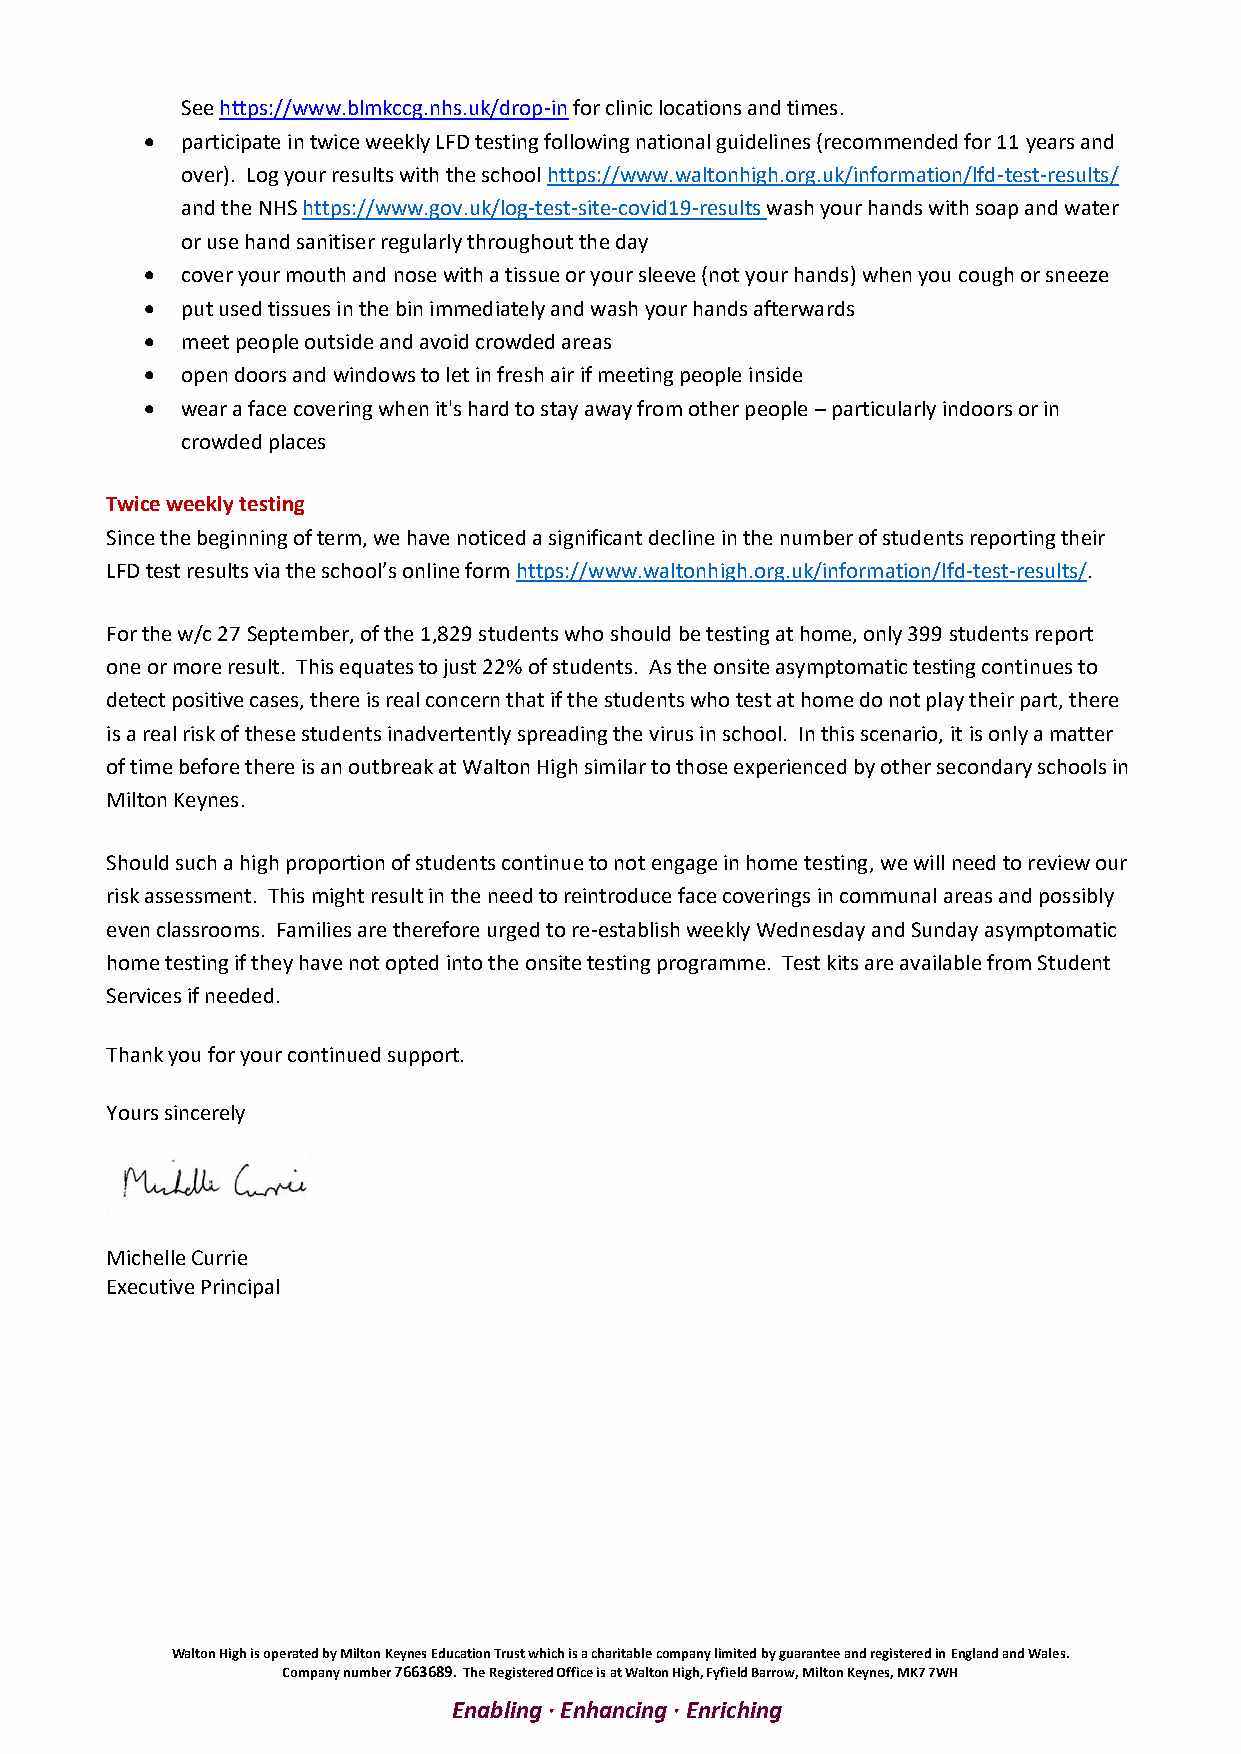
See https://www.blmkccg.nhs.uk/drop-in for clinic locations and times.
 • participate in twice weekly LFD testing following national guidelines (recommended for 11 years and
 over). Log your results with the school https://www.waltonhigh.org.uk/information/lfd-test-results/
 and the NHS https://www.gov.uk/log-test-site-covid19-results wash your hands with soap and water
 or use hand sanitiser regularly throughout the day
 • cover your mouth and nose with a tissue or your sleeve (not your hands) when you cough or sneeze
 • put used tissues in the bin immediately and wash your hands afterwards
 • meet people outside and avoid crowded areas
 • open doors and windows to let in fresh air if meeting people inside
 • wear a face covering when it's hard to stay away from other people – particularly indoors or in
 crowded places
 Twice weekly testing
 Since the beginning of term, we have noticed a significant decline in the number of students reporting their
 LFD test results via the school’s online form https://www.waltonhigh.org.uk/information/lfd-test-results/.
 For the w/c 27 September, of the 1,829 students who should be testing at home, only 399 students report
 one or more result. This equates to just 22% of students. As the onsite asymptomatic testing continues to
 detect positive cases, there is real concern that if the students who test at home do not play their part, there
 is a real risk of these students inadvertently spreading the virus in school. In this scenario, it is only a matter
 of time before there is an outbreak at Walton High similar to those experienced by other secondary schools in
 Milton Keynes.
 Should such a high proportion of students continue to not engage in home testing, we will need to review our
 risk assessment. This might result in the need to reintroduce face coverings in communal areas and possibly
 even classrooms. Families are therefore urged to re-establish weekly Wednesday and Sunday asymptomatic
 home testing if they have not opted into the onsite testing programme. Test kits are available from Student
 Services if needed.
 Thank you for your continued support.
 Yours sincerely
 Michelle Currie
 Executive Principal
 Walton High is operated by Milton Keynes Education Trust which is a charitable company limited by guarantee and registered in England and Wales.
 Company number 7663689. The Registered Office is at Walton High, Fyfield Barrow, Milton Keynes, MK7 7WH
 Enabling · Enhancing · Enriching